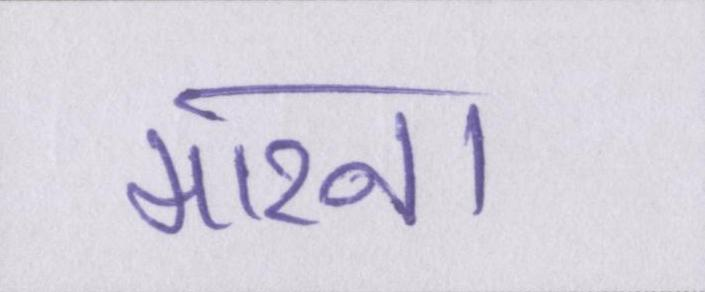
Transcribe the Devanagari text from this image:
मारना